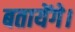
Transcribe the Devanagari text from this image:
बतायेंगे।